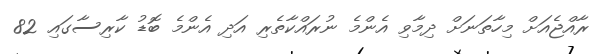
ރާއްޖެއަށް މިހާތަނަށް ދިމާވި އެންމެ ނުރައްކާތެރި އަދި އެންމެ ބޮޑު ކާރިސާގައި 82